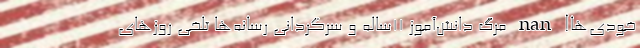
خودی‌ها! nan مرگ دانش‌آموز ۱۱ساله و سرگردانی رسانه‌ها تلخی روزهای